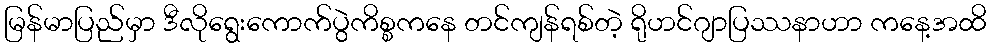
မြန်မာပြည်မှာ ဒီလိုရွေးကောက်ပွဲကိစ္စကနေ တင်ကျန်ရစ်တဲ့ ရိုဟင်ဂျာပြဿနာဟာ ကနေ့အထိ